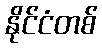
နိုင်ငံတစ်